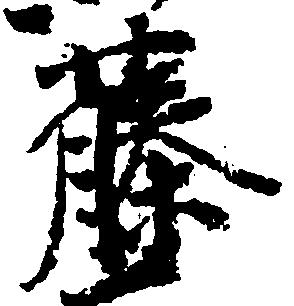
藤